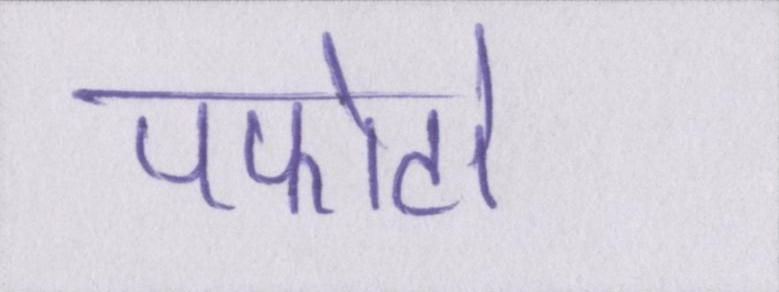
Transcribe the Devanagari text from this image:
पफोटो